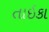
તાઇકા